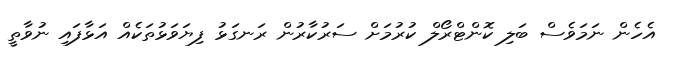
އެހެން ނަމަވެސް ބަލި ކޮންޓްރޯލް ކުރުމަށް ސަރުކާރުން ރަނގަޅު ފިޔަވަޅުތަކެއް އަޅާފައި ނުވާތީ